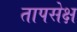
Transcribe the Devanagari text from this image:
तापसेक्ष